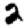
Digit: 2